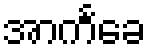
အာကင်္ခေ